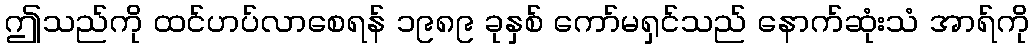
ဤသည်ကို ထင်ဟပ်လာစေရန် ၁၉၈၉ ခုနှစ် ကော်မရှင်သည် နောက်ဆုံးသံ အာရ်ကို